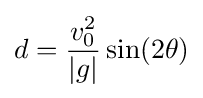
d={\frac {v_{0}^{2}}{|g|}}\sin(2\theta )